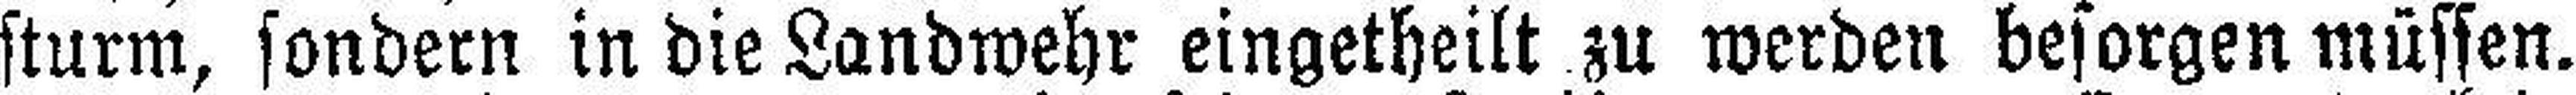
sturm, sondern in die Landwehr eingetheilt zu werden besorgen müssen.